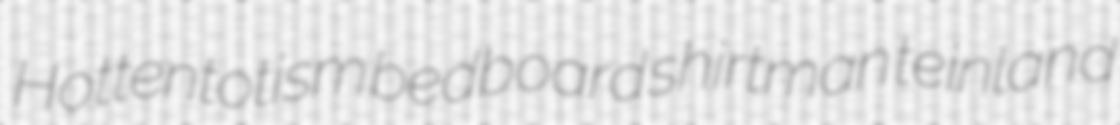
Hottentotism bedboard shirtman teinland